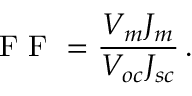
\mathrm { ~ F ~ F ~ } = \frac { V _ { m } J _ { m } } { V _ { o c } J _ { s c } } \, .